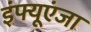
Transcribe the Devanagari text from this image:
इंफ्यूएंजा